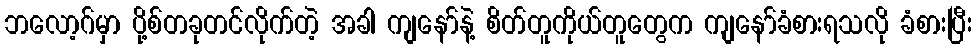
ဘလော့ဂ်မှာ ပို့စ်တခုတင်လိုက်တဲ့ အခါ ကျနော်နဲ့ စိတ်တူကိုယ်တူတွေက ကျနော်ခံစားရသလို ခံစားပြီး